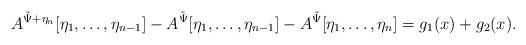
LaTeX: \begin{align*}A^{\tilde \Psi + \eta_n}[\eta_1,\dots,\eta_{n-1}] - A^{\tilde \Psi}[\eta_1,\dots,\eta_{n-1}] - A^{\tilde \Psi}[\eta_1,\dots,\eta_n] = g_1(x) + g_2(x).\end{align*}